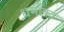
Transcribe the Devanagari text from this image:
धर्मोक्त